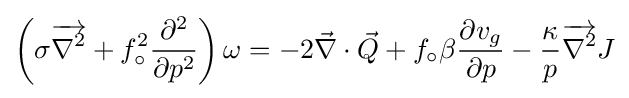
\left(\sigma {\overrightarrow {\nabla ^{2}}}+f_{\circ }^{2}{\frac {\partial ^{2}}{\partial p^{2}}}\right)\omega =-2{\vec {\nabla }}\cdot {\vec {Q}}+f_{\circ }\beta {\frac {\partial v_{g}}{\partial p}}-{\frac {\kappa }{p}}{\overrightarrow {\nabla ^{2}}}J